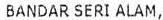
BANDAR SERI ALAM,